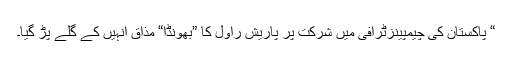
“ پاکستان کی چیمپینزٹرافی میں شرکت پر پاریش راول کا ”بھونڈا“ مذاق انہیں کے گلے پڑ گیا۔